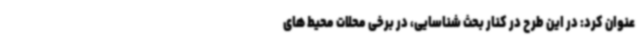
عنوان کرد: در این طرح در کنار بحث شناسایی، در برخی محلات محیط های